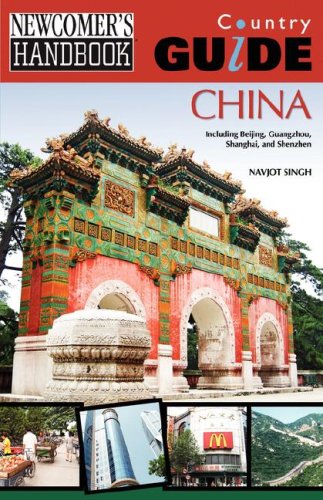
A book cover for Newcomer's Handbook Country Guide: China: Including Beijing, Guangzhou, Shanghai, and Shenzhen; Navjot Singh; Travel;